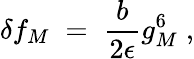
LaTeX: \delta f_{M}\; =\; {\frac{b}{2\epsilon}}g_{M}^{6}\; ,